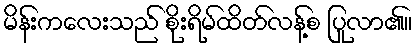
မိန်းကလေးသည် စိုးရိမ်ထိတ်လန့်စ ပြုလာ၏။